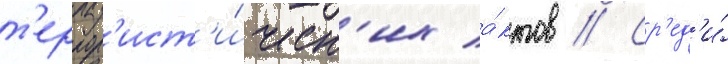
т'еррор'ист'и́ческ'их а́ктов // Ср'ед'и́